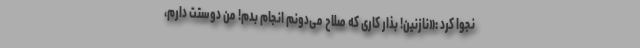
نجوا کرد :«نازنین! بذار کاری که صلاح می‌دونم انجام بدم! من دوستت دارم،